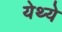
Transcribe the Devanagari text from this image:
येथ्ये